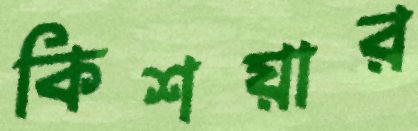
কিশয়ার